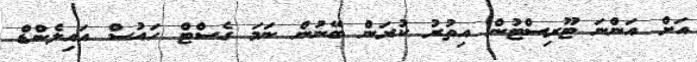
އަށް އަންނަ ޓޫރިސްޓުން އިތުރު ކުރަން ބޭނުން ނަމަ ގެސްޓް ހައުސް އައިލެންޑް